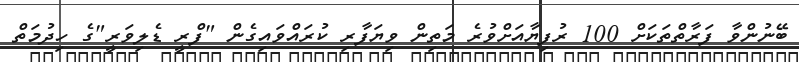
ބޭނުންވާ ފަރާތްތަކަށް 100 ރުފިޔާއަށްވުރެ މަތިން ވިޔަފާރި ކުރައްވައިގެން "ފްރީ ޑެލިވަރީ"ގެ ހިދުމަތް